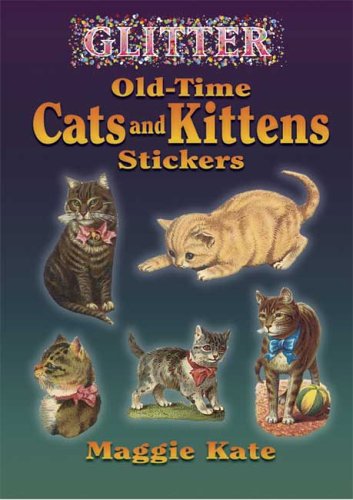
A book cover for Glitter Old-Time Cats and Kittens Stickers (Dover Stickers); Crafts, Hobbies & Home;